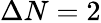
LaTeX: \Delta N=2